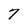
Character: 7